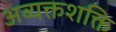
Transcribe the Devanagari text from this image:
अव्यक्तशक्ति